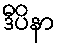
ဒီပိနာ